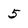
Character: 5